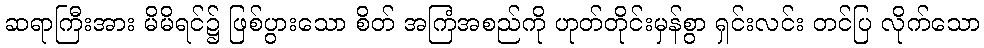
ဆရာကြီးအား မိမိရင်၌ ဖြစ်ပွားသော စိတ် အကြံအစည်ကို ဟုတ်တိုင်းမှန်စွာ ရှင်းလင်း တင်ပြ လိုက်သော